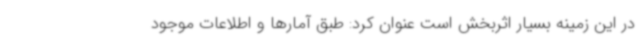
در این زمینه بسیار اثربخش است عنوان کرد: طبق آمارها و اطلاعات موجود